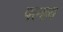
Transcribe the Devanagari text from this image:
पल्हव